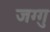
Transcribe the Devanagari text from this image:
जग्गु